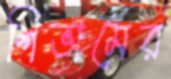
শিভামের